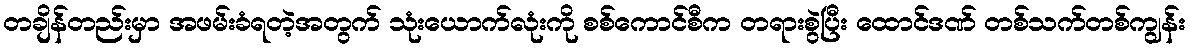
တချိန်တည်းမှာ အဖမ်းခံရတဲ့အတွက် သုံးယောက်လုံးကို စစ်ကောင်စီက တရားစွဲပြီး ထောင်ဒဏ် တစ်သက်တစ်ကျွန်း